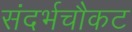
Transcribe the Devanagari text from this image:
संदर्भचौकट